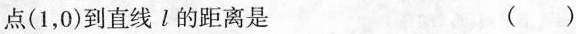
点(1，0)到直线l的距离是 ()